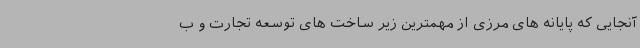
آنجایی که پایانه های مرزی از مهمترین زیر ساخت های توسعه تجارت و ب